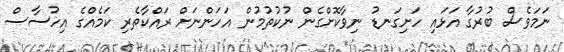
ނަމަވެސް ބުރުގާ އަޅައި ހަށިގަނޑު ނިވާކޮށްގެން ނުކުތުމުން އަހަންނަށް ރައްކާތެރި ކަމެއްގެ އިހުސާސް